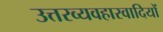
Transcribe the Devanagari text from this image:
उत्तरव्यवहारवादियों